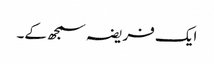
ایک فریضہ سمجھ کے۔